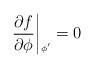
LaTeX: \begin{align*}\left.{{\partial f}\over{\partial \phi}}\right|{\mbox{\raisebox{-1.7ex}{{\tiny{$\!\phi'$}}}}}=0\end{align*}